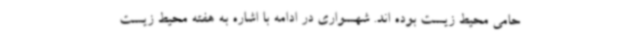
حامی محیط زیست بوده اند. شهسواری در ادامه با اشاره به هفته محیط زیست